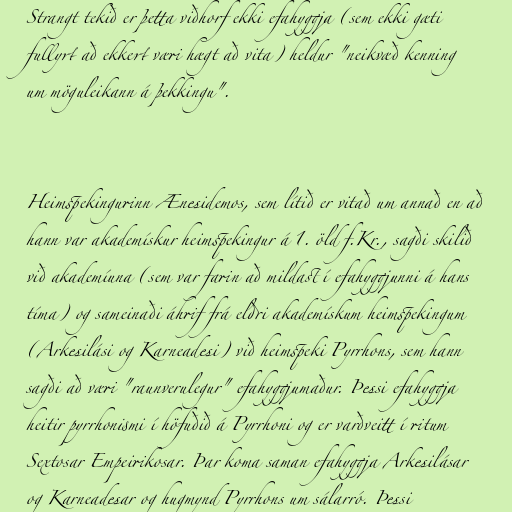
Strangt tekið er þetta viðhorf ekki efahyggja (sem ekki gæti
fullyrt að ekkert væri hægt að vita) heldur "neikvæð kenning
um möguleikann á þekkingu".

Heimspekingurinn Ænesidemos, sem lítið er vitað um annað en að
hann var akademískur heimspekingur á 1. öld f.Kr., sagði skilið
við akademíuna (sem var farin að mildast í efahyggjunni á hans
tíma) og sameinaði áhrif frá eldri akademískum heimspekingum
(Arkesilási og Karneadesi) við heimspeki Pyrrhons, sem hann
sagði að væri "raunverulegur" efahyggjumaður. Þessi efahyggja
heitir pyrrhonismi í höfuðið á Pyrrhoni og er varðveitt í ritum
Sextosar Empeirikosar. Þar koma saman efahyggja Arkesilásar
og Karneadesar og hugmynd Pyrrhons um sálarró. Þessi